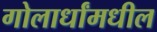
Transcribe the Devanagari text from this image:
गोलार्धांमधील